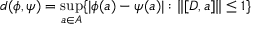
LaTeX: d ( \phi , \psi ) = \operatorname * { s u p } _ { a \in A } \{ | \phi ( a ) - \psi ( a ) | : \| [ D , a ] \| \le 1 \}